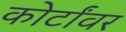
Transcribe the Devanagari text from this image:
कोर्टांवर